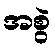
အစွဲ